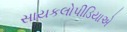
સાયકલોપીડિયાએ